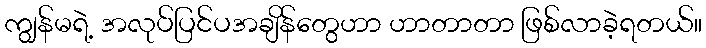
ကျွန်မရဲ့ အလုပ်ပြင်ပအချိန်တွေဟာ ဟာတာတာ ဖြစ်လာခဲ့ရတယ်။